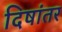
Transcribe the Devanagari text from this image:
दिषांतर